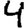
Digit: 4